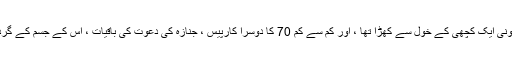
اس کا سر اور شرونی ایک کچھی کے خول سے کھڑا تھا ، اور کم سے کم 70 کا دوسرا کارپیس ، جنازہ کی دعوت کی باقیات ، اس کے جسم کے گرد رکھی گئی تھیں۔